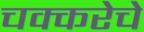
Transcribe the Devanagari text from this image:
चक्करेचे